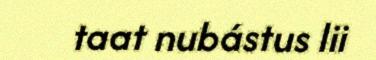
taat nubástus lii